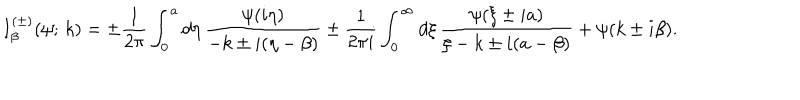
LaTeX: I _ { \beta } ^ { ( \pm ) } ( \psi ; \, k ) = \pm \frac { 1 } { 2 \pi } \int _ { 0 } ^ { a } d \eta \, \frac { \psi ( i \eta ) } { - k \pm i ( \eta - \beta ) } \pm \frac { 1 } { 2 \pi i } \int _ { 0 } ^ { \infty } d \xi \, \frac { \psi ( \xi \pm i a ) } { \xi - k \pm i ( a - \beta ) } + \psi ( k \pm i \beta ) .